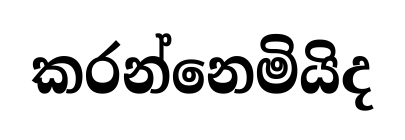
කරන්නෙමියිද